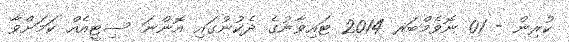
ކުރިން - 01 ނޮވެމްބަރ 2014 ޓައިވާނުގެ ދެކުނުގައި އޮންނަ ސިޓީއެއް ކަމަށްވާ